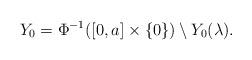
LaTeX: \begin{align*}Y_0=\Phi^{-1}([0,a]\times\{0\})\setminus Y_0(\lambda).\end{align*}